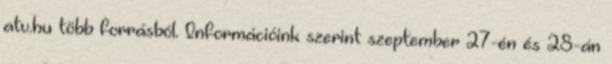
atv.hu több forrásból. Információink szerint szeptember 27-én és 28-án